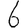
Digit: 6